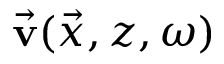
\vec { \bf { v } } ( \vec { x } , z , \omega )